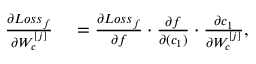
\begin{array} { r l } { \frac { \partial L o s s _ { f } } { \partial W _ { c } ^ { [ j ] } } } & { { } = \frac { \partial L o s s _ { f } } { \partial f } \cdot \frac { \partial f } { \partial ( c _ { 1 } ) } \cdot \frac { \partial c _ { 1 } } { \partial W _ { c } ^ { [ j ] } } , } \end{array}